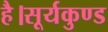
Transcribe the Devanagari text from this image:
है।सूर्यकुण्ड